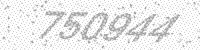
Solution: 750944